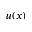
u ( x )